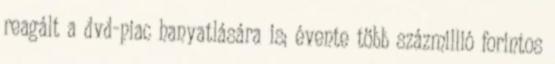
reagált a dvd-piac hanyatlására is; évente több százmillió forintos